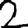
Digit: 2